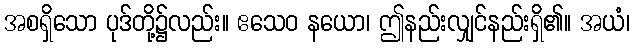
အစရှိသော ပုဒ်တို့၌လည်း။ ဧသေဝ နယော၊ ဤနည်းလျှင်နည်းရှိ၏။ အယံ၊